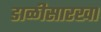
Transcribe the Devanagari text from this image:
डाळीसारखा